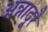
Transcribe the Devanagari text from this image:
अन्नादूरै